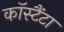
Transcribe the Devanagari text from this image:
कॉस्टैंटा